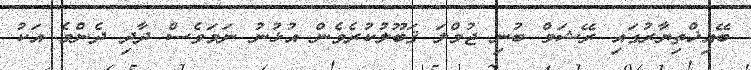
ބޭއިޚްތިޔާރުގައި ރޭޝަމް ބުނި ޖުމްލަ ޤަބޫލުކުރެވެން އުޅުނު ނަމަވެސް ދާދި ދެންމެ އަކު